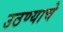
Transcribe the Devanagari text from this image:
उठण्याचे